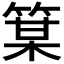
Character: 𫂋